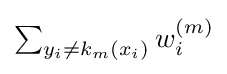
{\textstyle \sum _{y_{i}\neq k_{m}(x_{i})}w_{i}^{(m)}}